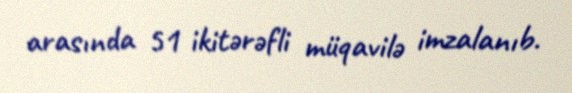
arasında 51 ikitərəfli müqavilə imzalanıb.